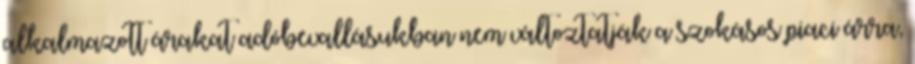
alkalmazott árakat adóbevallásukban nem változtatják a szokásos piaci árra,